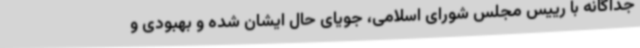
جداگانه با رییس مجلس شورای اسلامی، جویای حال ایشان شده و بهبودی و